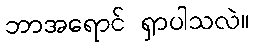
ဘာအရောင် ရှာပါသလဲ။